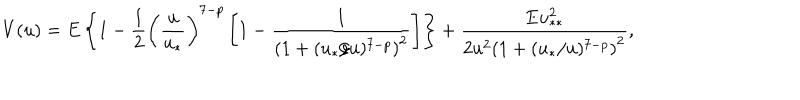
LaTeX: V ( u ) = E \left\{ 1 - \frac { 1 } { 2 } \left( \frac { u } { u _ { * } } \right) ^ { 7 - p } \left[ 1 - \frac { 1 } { \left( 1 + ( u _ { * } / u ) ^ { 7 - p } \right) ^ { 2 } } \right] \right\} + \frac { E u _ { * * } ^ { 2 } } { 2 u ^ { 2 } \left( 1 + ( u _ { * } / u ) ^ { 7 - p } \right) ^ { 2 } } ,